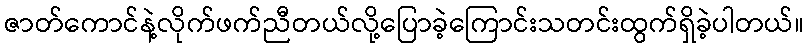
ဇာတ်ကောင်နဲ့လိုက်ဖက်ညီတယ်လို့ပြောခဲ့ကြောင်းသတင်းထွက်ရှိခဲ့ပါတယ်။